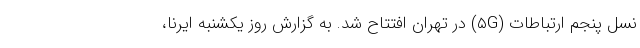
نسل پنجم ارتباطات (۵G) در تهران افتتاح شد. به گزارش روز یکشنبه ایرنا،